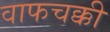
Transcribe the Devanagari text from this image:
वाफचक्की